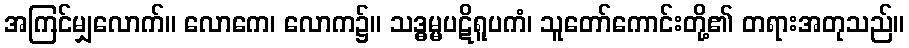
အကြင်မျှလောက်။ လောကေ၊ လောက၌။ သဒ္ဓမ္မပဋိရူပကံ၊ သူတော်ကောင်းတို့၏ တရားအတုသည်။